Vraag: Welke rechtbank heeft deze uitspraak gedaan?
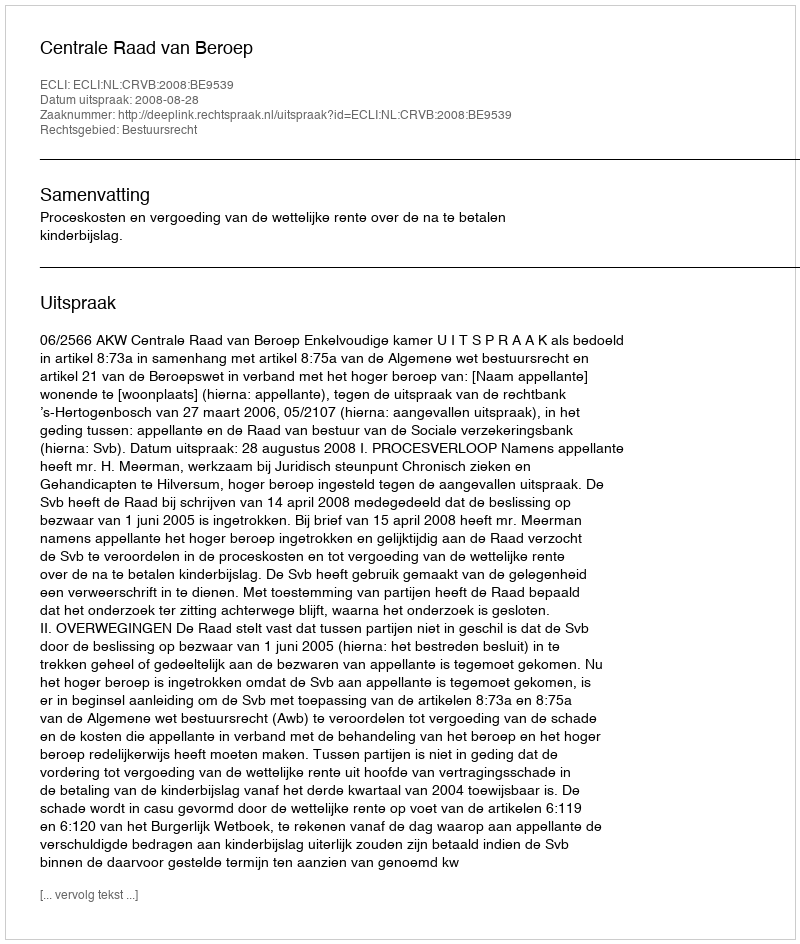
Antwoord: Centrale Raad van Beroep